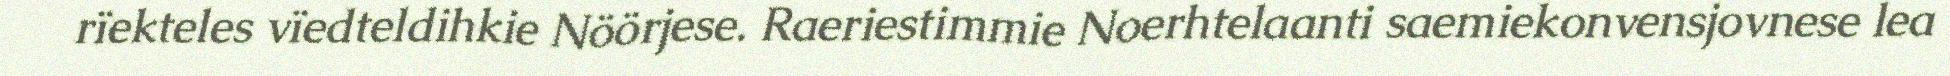
rïekteles vïedteldihkie Nöörjese. Raeriestimmie Noerhtelaanti saemiekonvensjovnese lea